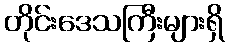
တိုင်းဒေသကြီးများရှိ